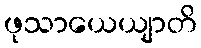
ဖုသာယေယျာတိ